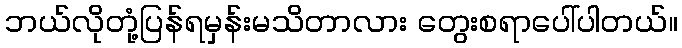
ဘယ်လိုတုံ့ပြန်ရမှန်းမသိတာလား တွေးစရာပေါ်ပါတယ်။